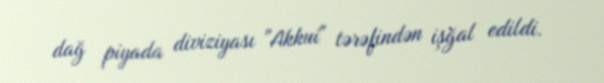
dağ piyada diviziyası "Akkui" tərəfindən işğal edildi.